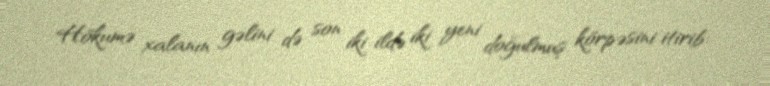
Hökumə xalanın gəlini də son iki ildə iki yeni doğulmuş körpəsini itirib: